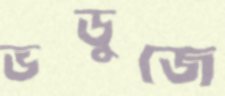
ভডুজে